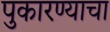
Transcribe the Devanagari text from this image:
पुकारण्याचा